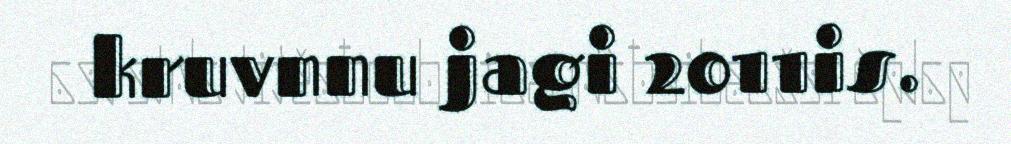
kruvnnu jagi 2011is.